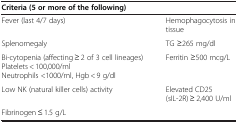
<table><thead><tr><td colspan="2"><b> </b></td></tr><tr><td colspan="2"><b>Criteria (5 or more of the following)</b></td></tr></thead><tbody><tr><td>Fever (last 4/7 days)</td><td>Hemophagocytosis in tissue</td></tr><tr><td>Splenomegaly</td><td>TG ≥265 mg/dl</td></tr><tr><td>Bi-cytopenia (affecting ≥ 2 of 3 cell lineages) Platelets &lt; 100,000/ml Neutrophils &lt;1000/ml, Hgb &lt; 9 g/dl</td><td>Ferritin ≥500 mcg/L</td></tr><tr><td>Low NK (natural killer cells) activity</td><td>Elevated CD25 (sIL-2R) ≥ 2,400 U/ml</td></tr><tr><td>Fibrinogen ≤ 1.5 g/L</td><td> </td></tr></tbody></table>